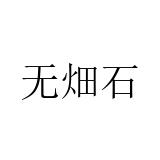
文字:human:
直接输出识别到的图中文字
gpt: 无畑石